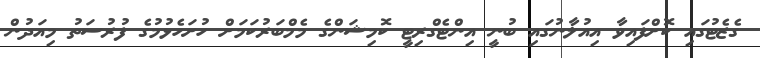
ގެޒެޓުގައި ކޮށްފައިވާ އިއުލާނުގައި ބުނީ އިންޓެގްރިޓީ ކޮމިޝަންގެ މެމްބަރުކަމަށް ހުށަހެޅުމުގެ ފުރުސަތު މިއަދުން